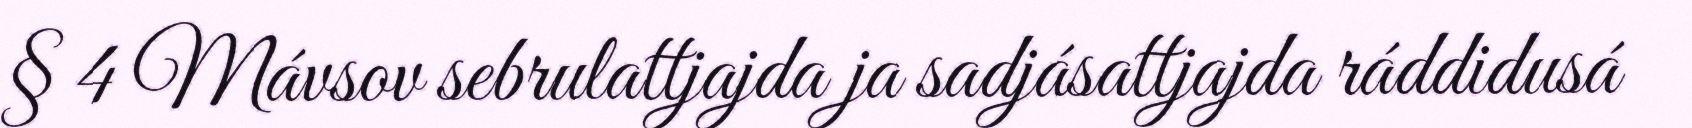
§ 4 Mávsov sebrulattjajda ja sadjásattjajda ráddidusá